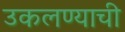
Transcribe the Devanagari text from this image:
उकलण्याची